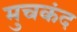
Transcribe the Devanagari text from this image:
मुचकंद